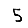
Digit: 5